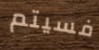
فسيتم